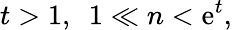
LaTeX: t>1,\ \ 1\ll n<\mathrm{e}^{t},